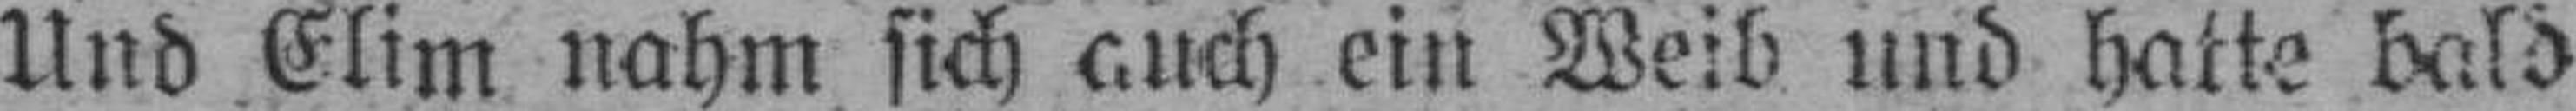
Und Elim nahm sich auch ein Weib und hatte bald